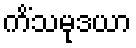
ကိံသမုဒယာ